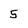
Character: 5